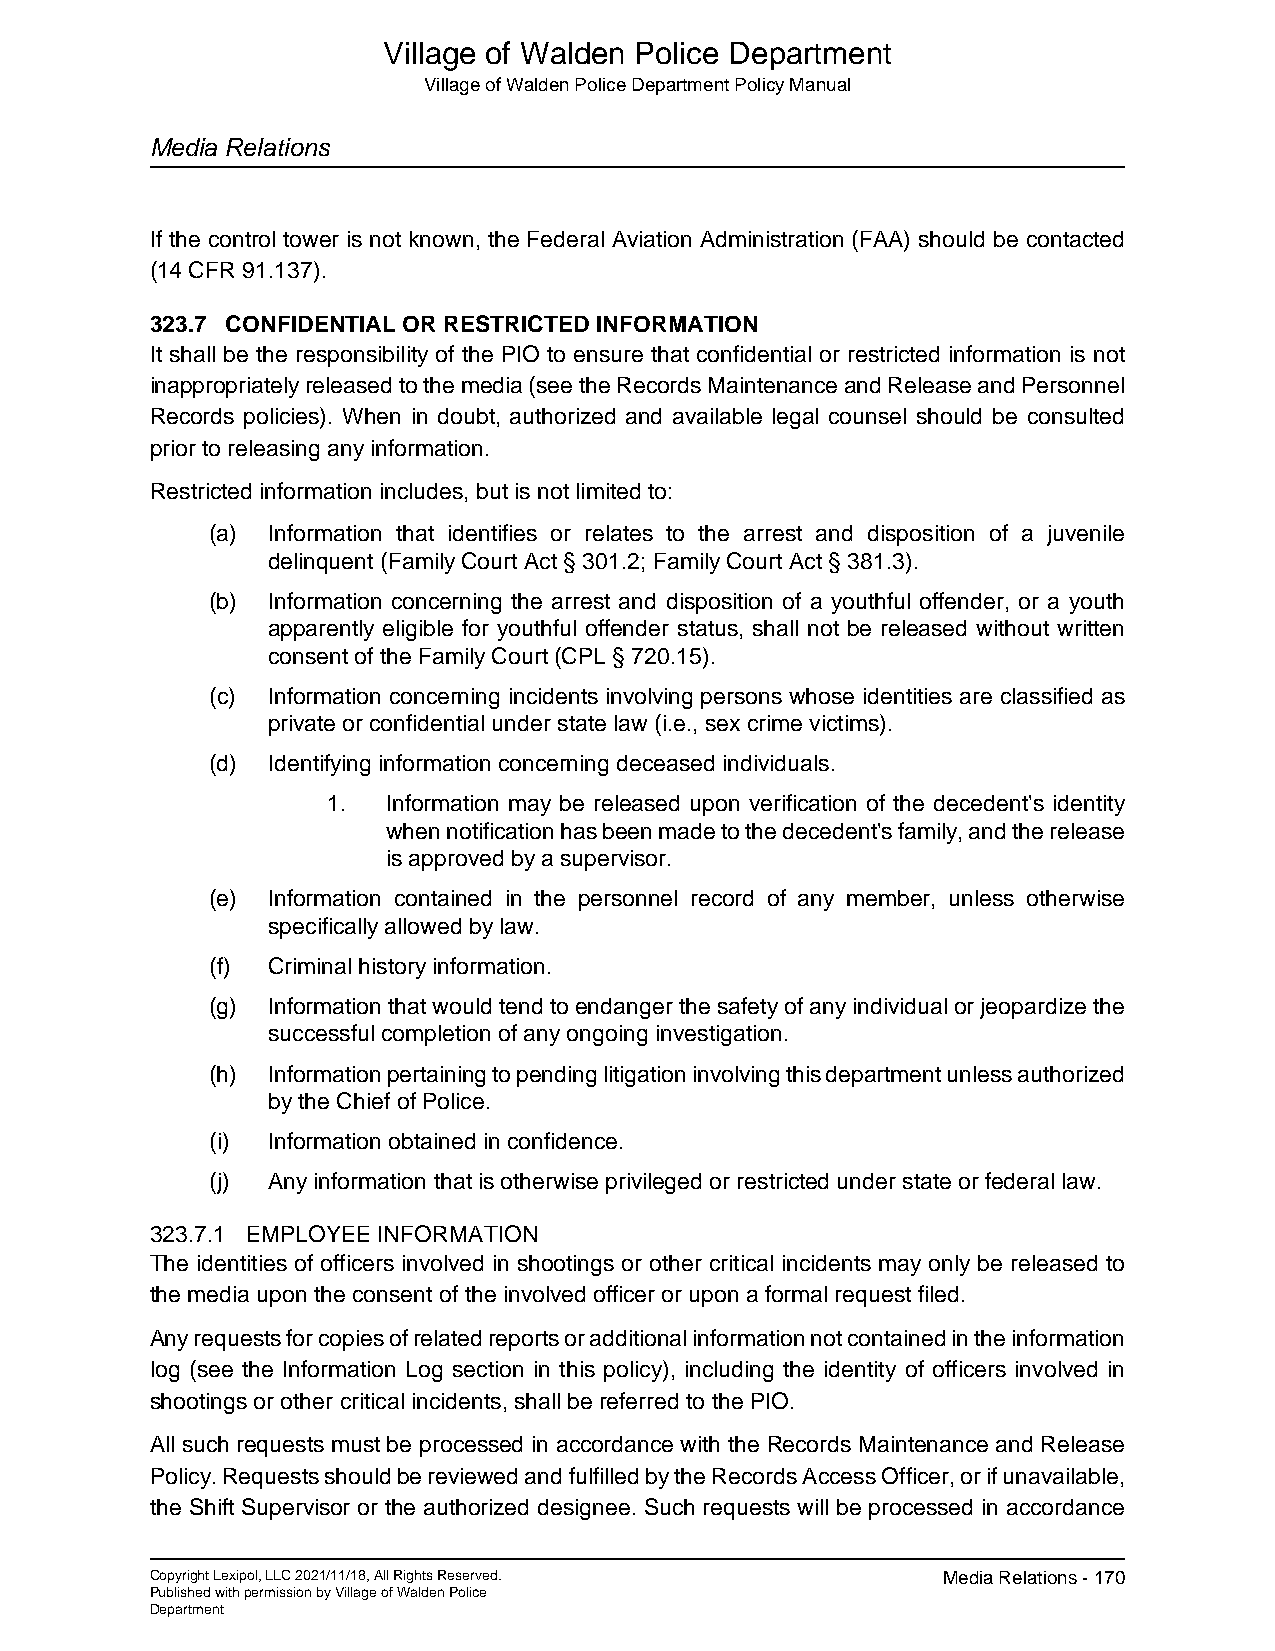
Village of Walden Police Department
 Village of Walden Police Department Policy Manual
 Media Relations
 If the control tower is not known, the Federal Aviation Administration (FAA) should be contacted
 (14 CFR 91.137).
 323.7 CONFIDENTIAL OR RESTRICTED INFORMATION
 It shall be the responsibility of the PIO to ensure that confidential or restricted information is not
 inappropriately released to the media (see the Records Maintenance and Release and Personnel
 Records policies). When in doubt, authorized and available legal counsel should be consulted
 prior to releasing any information.
 Restricted information includes, but is not limited to:
 (a) Information that identifies or relates to the arrest and disposition of a juvenile
 delinquent (Family Court Act § 301.2; Family Court Act § 381.3).
 (b) Information concerning the arrest and disposition of a youthful offender, or a youth
 apparently eligible for youthful offender status, shall not be released without written
 consent of the Family Court (CPL § 720.15).
 (c) Information concerning incidents involving persons whose identities are classified as
 private or confidential under state law (i.e., sex crime victims).
 (d) Identifying information concerning deceased individuals.
 1.  Information may be released upon verification of the decedent's identity
 when notification has been made to the decedent's family, and the release
 is approved by a supervisor.
 (e) Information contained in the personnel record of any member, unless otherwise
 specifically allowed by law.
 (f) Criminal history information.
 (g) Information that would tend to endanger the safety of any individual or jeopardize the
 successful completion of any ongoing investigation.
 (h) Information pertaining to pending litigation involving this department unless authorized
 by the Chief of Police.
 (i) Information obtained in confidence.
 (j) Any information that is otherwise privileged or restricted under state or federal law.
 323.7.1 EMPLOYEE INFORMATION
 The identities of officers involved in shootings or other critical incidents may only be released to
 the media upon the consent of the involved officer or upon a formal request filed.
 Any requests for copies of related reports or additional information not contained in the information
 log (see the Information Log section in this policy), including the identity of officers involved in
 shootings or other critical incidents, shall be referred to the PIO.
 All such requests must be processed in accordance with the Records Maintenance and Release
 Policy. Requests should be reviewed and fulfilled by the Records Access Officer, or if unavailable,
 the Shift Supervisor or the authorized designee. Such requests will be processed in accordance
 Copyright Lexipol, LLC 2021/11/18, All Rights Reserved. Media Relations - 170
 Published with permission by Village of Walden Police
 Department